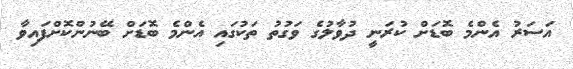
އަސަރު އެންމެ ބޮޑަށް ކުރަނީ ދުވާލުގެ ވަގުތު ތަކުގައި އެންމެ ބޮޑަށް ބޭނުންކޮށްފައިވާ